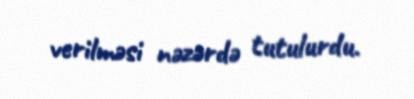
verilməsi nəzərdə tutulurdu.